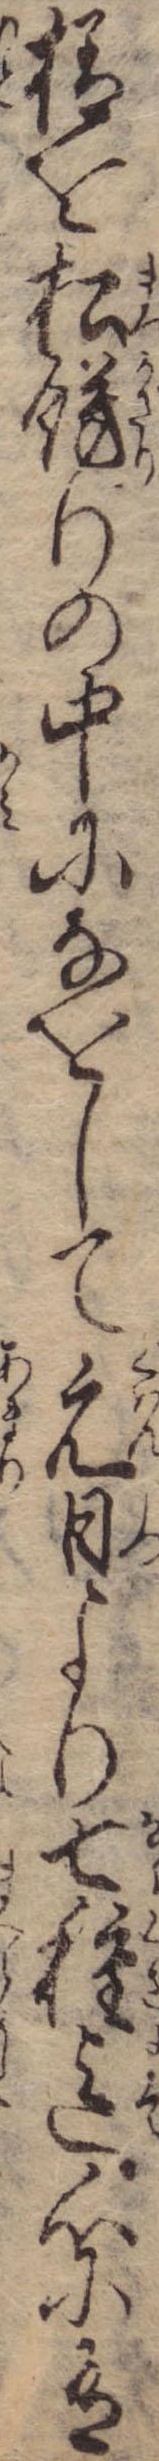
様を松飾りの中になをして元日より七種迄心に有